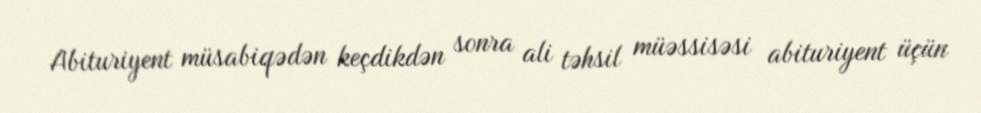
Abituriyent müsabiqədən keçdikdən sonra ali təhsil müəssisəsi abituriyent üçün